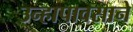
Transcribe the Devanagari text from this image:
उन्हापावसाने